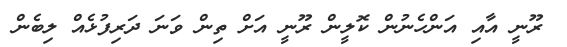
ރޫނީ އާއި އަންހެނުން ކޮލީން ރޫނީ އަށް ތިން ވަނަ ދަރިފުޅެއް ލިބެން